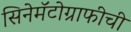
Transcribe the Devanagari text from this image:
सिनेमॅटोग्राफीची